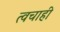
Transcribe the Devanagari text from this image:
त्वचाही